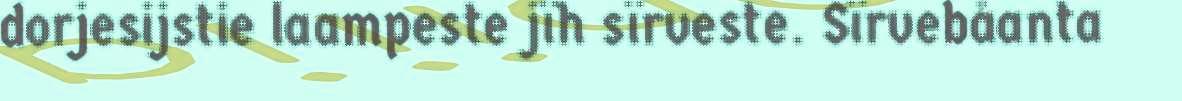
dorjesijstie laampeste jïh sïrveste. Sïrvebåanta